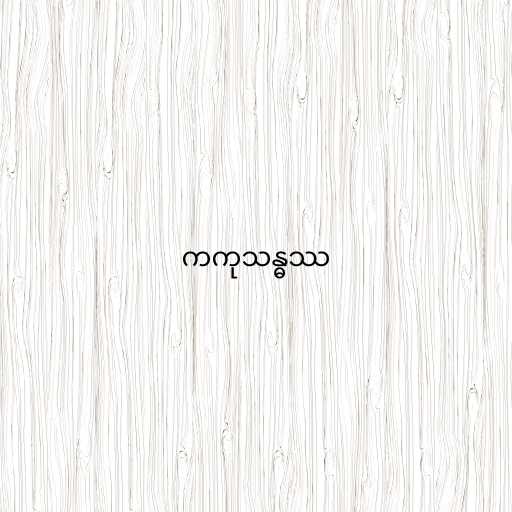
ကကုသန္ဓဿ